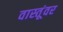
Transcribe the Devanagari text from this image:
वास्तूंवर